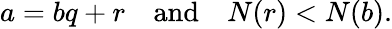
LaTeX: a=bq+r\quad{\mathrm{and}}\quad N(r)<N(b).